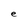
Character: e